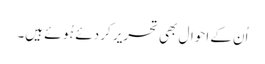
اُن کے احوال بھی تحریر کر دئے ہُوئے ہیں۔